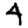
Digit: 4